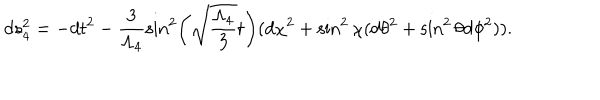
LaTeX: d s _ { 4 } ^ { 2 } = - d t ^ { 2 } - \frac { 3 } { \Lambda _ { 4 } } \sin ^ { 2 } \left( \sqrt { \frac { \Lambda _ { 4 } } { 3 } } t \right) ( d \chi ^ { 2 } + \sin ^ { 2 } \chi ( d \theta ^ { 2 } + \sin ^ { 2 } \theta d \phi ^ { 2 } ) ) .